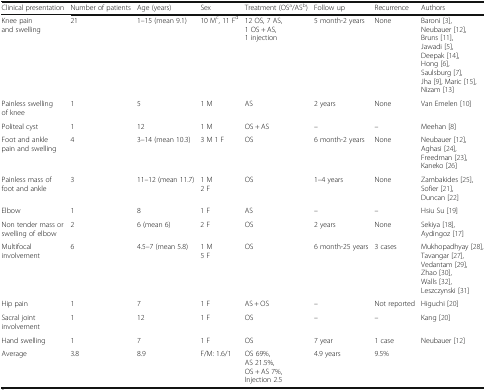
<table><thead><tr><td><b>Clinical presentation</b></td><td><b>Number of patients</b></td><td><b>Age (years)</b></td><td><b>Sex</b></td><td><b>Treatment (OS<sup>a</sup>/AS<sup>b</sup>)</b></td><td><b>Follow up</b></td><td><b>Recurrence</b></td><td><b>Authors</b></td></tr></thead><tbody><tr><td>Knee pain and swelling</td><td>21</td><td>1–15 (mean 9.1)</td><td>10 M<sup>c</sup>, 11 F<sup>d</sup></td><td>12 OS, 7 AS, 1 OS + AS, 1 injection</td><td>5 month-2 years</td><td>None</td><td>Baroni [3], Neubauer [12], Bruns [11], Jawadi [5], Deepak [14], Hong [6], Saulsburg [7], Jha [9], Maric [15], Nizam [13]</td></tr><tr><td>Painless swelling of knee</td><td>1</td><td>5</td><td>1 M</td><td>AS</td><td>2 years</td><td>None</td><td>Van Emelen [10]</td></tr><tr><td>Politeal cyst</td><td>1</td><td>12</td><td>1 M</td><td>OS + AS</td><td>–</td><td>–</td><td>Meehan [8]</td></tr><tr><td>Foot and ankle pain and swelling</td><td>4</td><td>3–14 (mean 10.3)</td><td>3 M 1 F</td><td>OS</td><td>6 month-2 years</td><td>None</td><td>Neubauer [12], Aghasi [24], Freedman [23], Kaneko [26]</td></tr><tr><td>Painless mass of foot and ankle</td><td>3</td><td>11–12 (mean 11.7)</td><td>1 M2 F</td><td>OS</td><td>1–4 years</td><td>None</td><td>Zambakides [25], Sofier [21], Duncan [22]</td></tr><tr><td>Elbow</td><td>1</td><td>8</td><td>1 F</td><td>AS</td><td>–</td><td>–</td><td>Hsiu Su [19]</td></tr><tr><td>Non tender mass or swelling of elbow</td><td>2</td><td>6 (mean 6)</td><td>2 F</td><td>OS</td><td>2 years</td><td>None</td><td>Sekiya [18], Aydingoz [17]</td></tr><tr><td>Multifocal involvement</td><td>6</td><td>4.5–7 (mean 5.8)</td><td>1 M5 F</td><td>OS</td><td>6 month-25 years</td><td>3 cases</td><td>Mukhopadhyay [28], Tavangar [27], Vedantam [29], Zhao [30], Walls [32], Leszczynski [31]</td></tr><tr><td>Hip pain</td><td>1</td><td>7</td><td>1 F</td><td>AS + OS</td><td>–</td><td>Not reported</td><td>Higuchi [20]</td></tr><tr><td>Sacral joint involvement</td><td>1</td><td>12</td><td>1 F</td><td>OS</td><td>–</td><td>–</td><td>Kang [20]</td></tr><tr><td>Hand swelling</td><td>1</td><td>7</td><td>1 F</td><td>OS</td><td>7 year</td><td>1 case</td><td>Neubauer [12]</td></tr><tr><td>Average</td><td>3.8</td><td>8.9</td><td>F/M: 1.6/1</td><td>OS 69%, AS 21.5%, OS + AS 7%, Injection 2.5</td><td>4.9 years</td><td>9.5%</td><td></td></tr></tbody></table>